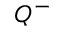
Q ^ { - }